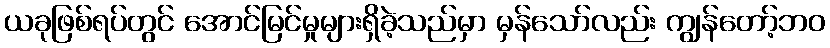
ယခုဖြစ်ရပ်တွင် အောင်မြင်မှုများရှိခဲ့သည်မှာ မှန်သော်လည်း ကျွန်တော့်ဘဝ